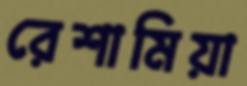
রেশামিয়া